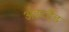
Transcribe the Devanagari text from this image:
अंडरहैंड